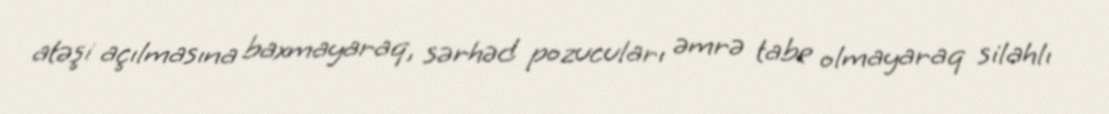
atəşi açılmasına baxmayaraq, sərhəd pozucuları əmrə tabe olmayaraq silahlı